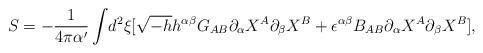
\begin{align*}S=-\frac{1}{4\pi \alpha^\prime}\int\!d^2\xi[\sqrt{-h}h^{\alpha \beta}G_{AB}{\partial_\alpha}X^A{\partial_\beta}X^B+\epsilon^{\alpha \beta}B_{AB}{\partial_\alpha}{X^A}{\partial_\beta}{X^B}],\end{align*}